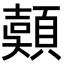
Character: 𩔄